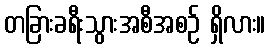
တခြားခရီးသွားအစီအစဉ် ရှိလား။